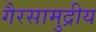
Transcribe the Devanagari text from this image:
गैरसामुद्रीय